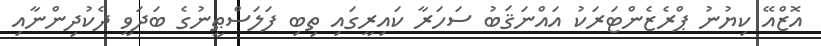
އޮޒްއޭ ކިޔުނު ޕްރެޒެންޓަރަކު އައްނަޤަބު ސަހަރާ ކައިރީގައި ތިބި ފަލަސްޠީނުގެ ބަދަވީ ދެކުދިންނާއި